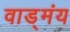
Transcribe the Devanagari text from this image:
वाड्मंय